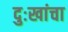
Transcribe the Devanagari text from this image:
दुःखांचा